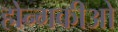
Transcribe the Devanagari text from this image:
होन्गकीओ